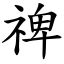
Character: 禆